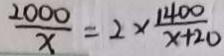
\frac { 2 0 0 0 } { x } = 2 \times \frac { 1 4 0 0 } { x + 2 0 }